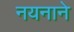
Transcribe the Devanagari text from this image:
नयनाने